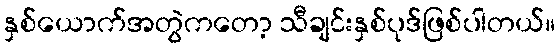
နှစ်ယောက်အတွဲကတော့ သီချင်းနှစ်ပုဒ်ဖြစ်ပါတယ်။